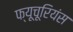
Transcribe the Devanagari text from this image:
फ्यूचूरियंस